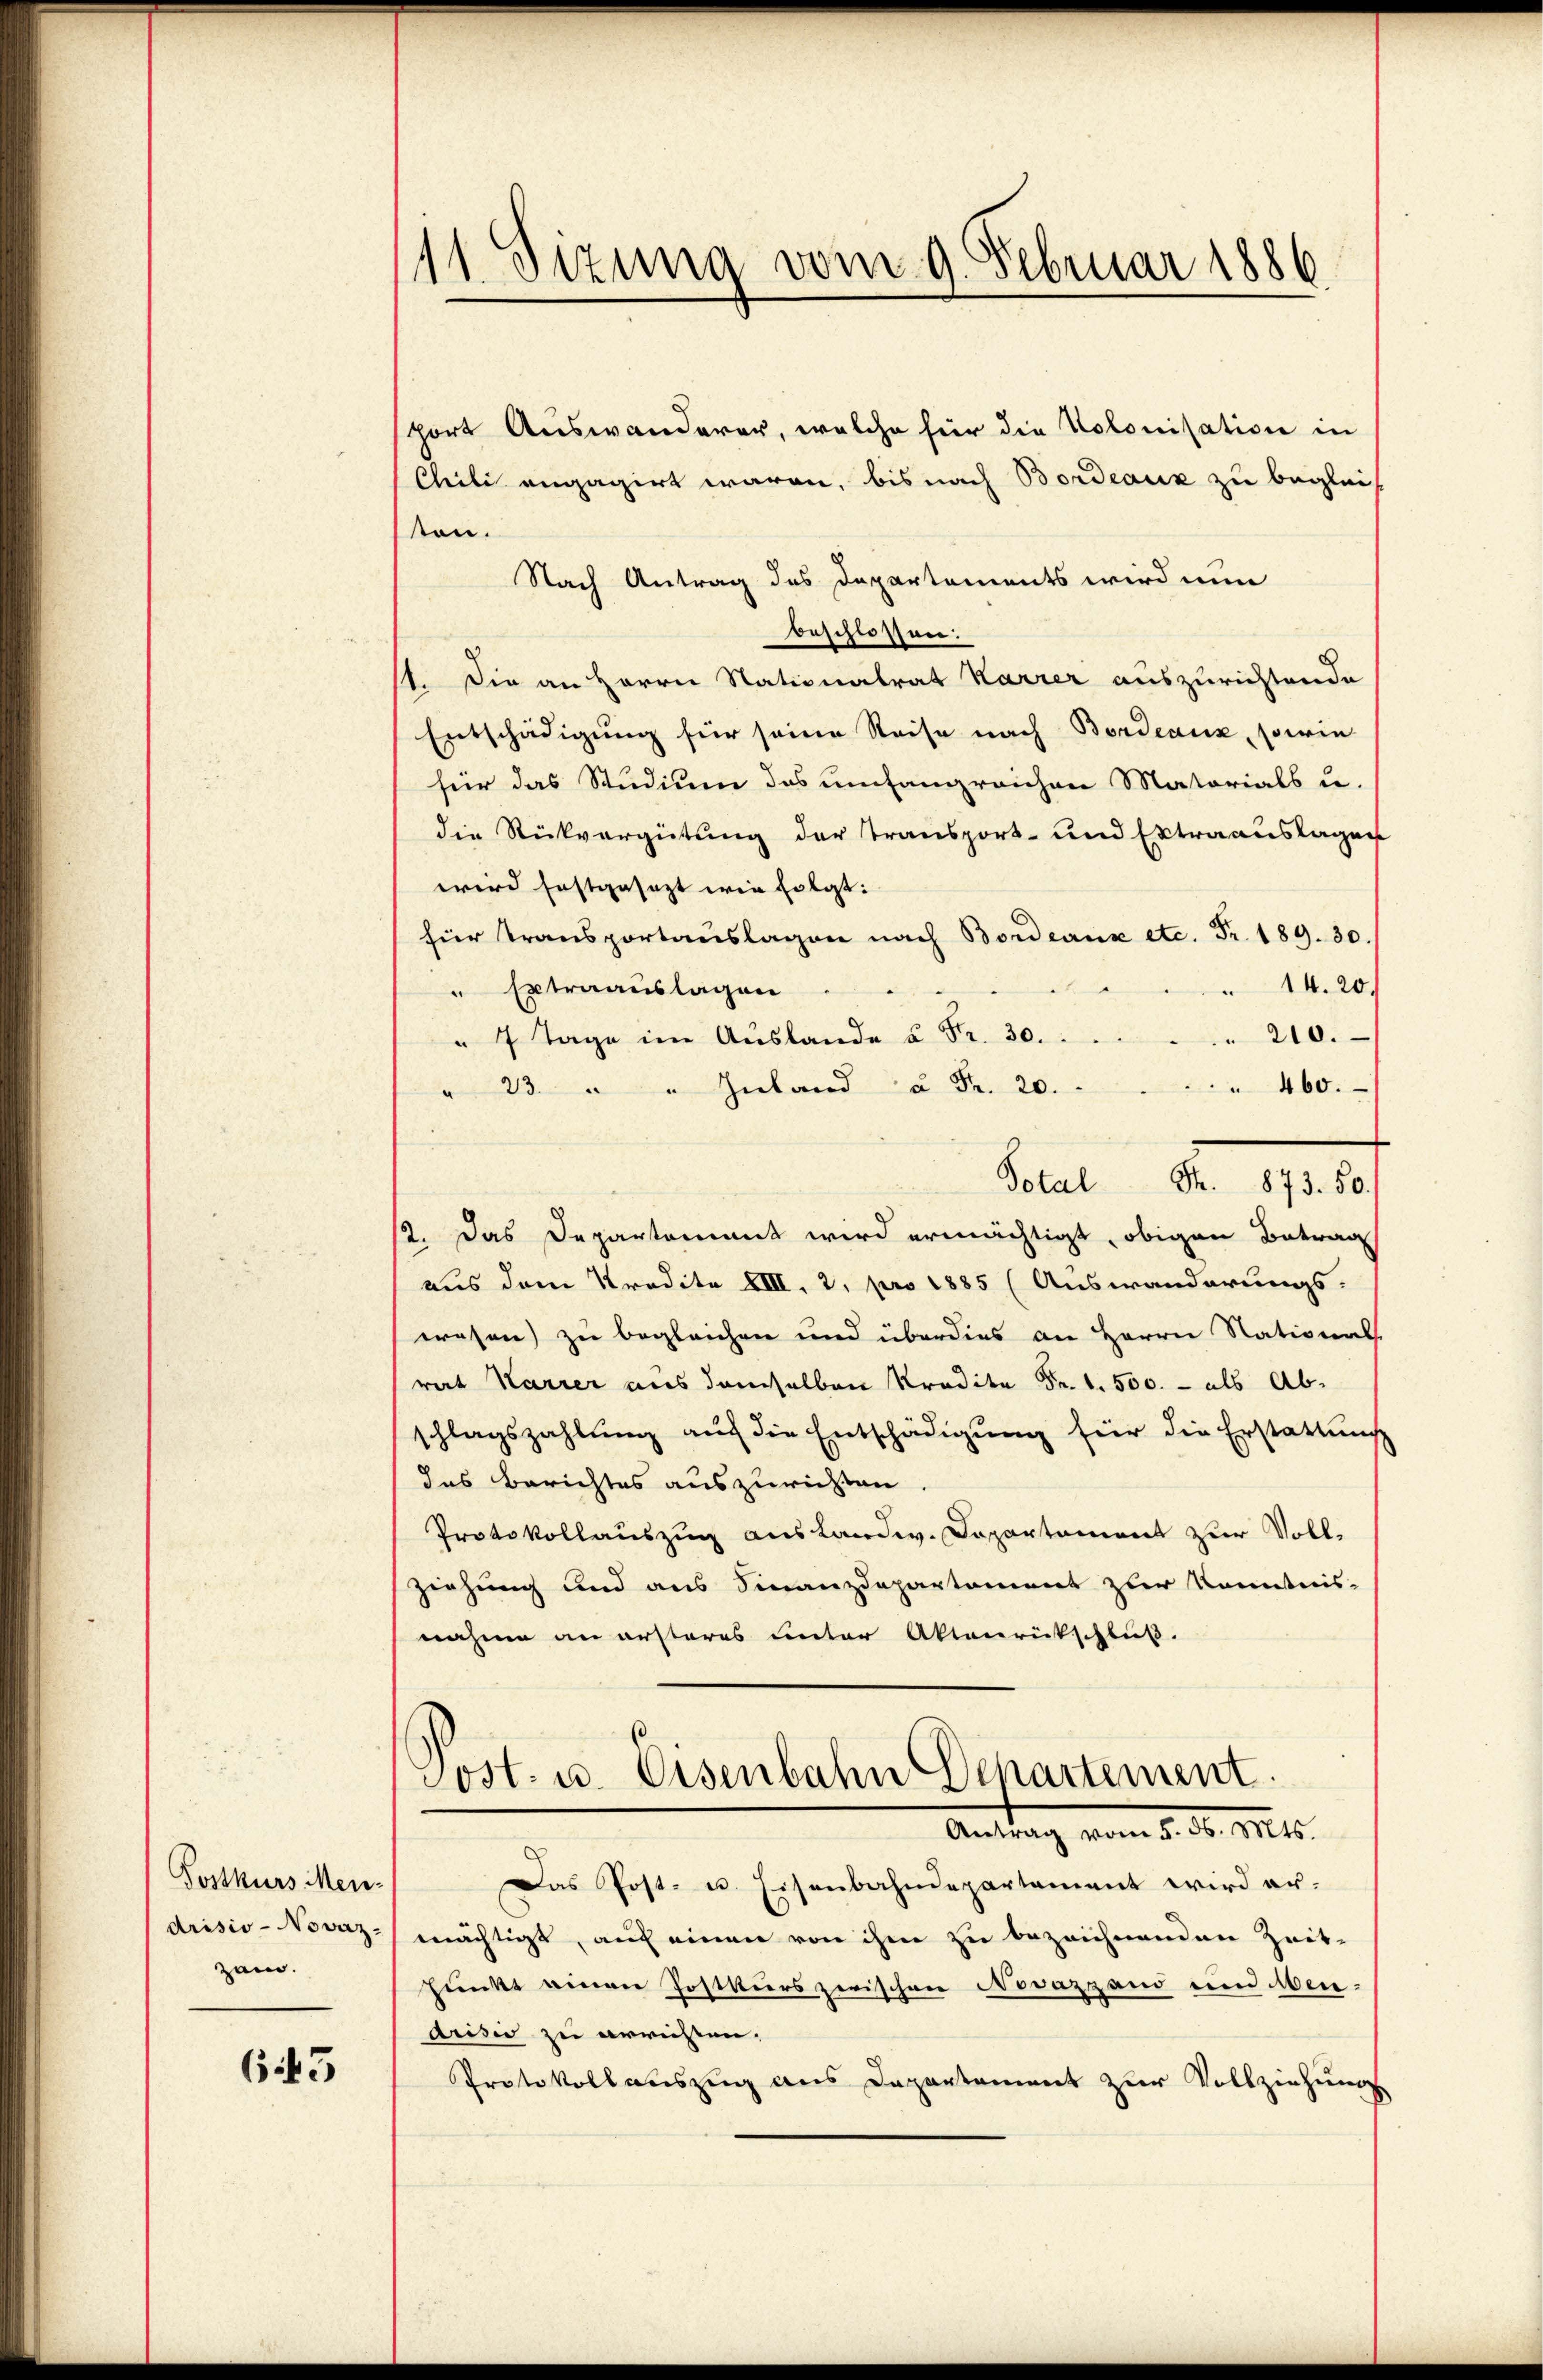
Postkurs Men-
drisis - Novaz-
zai.

645

¬
11. Sizung vom 9. Februar 1886

sport Auswanderer, welche für die Kolonisation in
Chili engagirt waren, bis nach Bordeaux zu begleich
sten.
Nach Antrag des Departements wird nun
beschlossen:
11. Die an Herrn Nationalrat Karrer auszurichtende
Entschädigung für seine Reise nach Bordeaux, sowie
für das Studium das umfangreichen Matorials u.
die Rückvergütung der Transport- und Extraauslagen
wird festgesezt wie folgt:
hier Transportauslagen nach Bordeaux etc. Fr. 189. 30.
14. 20.
" Extraauslagen
210.
" 7 Tage im Auslande u. Fr. 30.
460.
23. " " Inland à Fr. 20.
Total S. 873. 50.
12. Das Departement wird ermächtigt, obigen Betrag
aus dem Kredite VIII, 2, pro 1885 (Auswanderungs-
wesen) zu begleichen und überdies an Herrn National
rat Karrer aus demselben Kredite Fr. 1. 500. - als Abschlagszahlung auf die Entschädigung für die Erstattung
das Berichtes auszurichten
Protokollauszug aus Landw. Dapartament zur Vollziehung und aus Finanzdepartement zur Kenntnis-
nahme an ersteres unter Aktenrückschluß.

Post- u. Eisenbahn Departement.
Antrag vom 5. d. M.

Das Post- u. Eisenbahndepartament wird ermächtigt, auf einen von ihm zu bezeichnenden Zeit-
punkt einen Postkurs zwischen Novazzand um Menarisie zu errichten.
Protokollauszug aus Departement zur Vollziehung